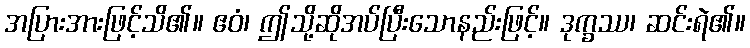
အပြားအားဖြင့်သိ၏။ ဧဝံ၊ ဤသို့ဆိုအပ်ပြီးသောနည်းဖြင့်။ ဒုက္ခဿ၊ ဆင်းရဲ၏။